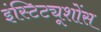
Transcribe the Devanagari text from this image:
इंस्टिट्यूशोंस